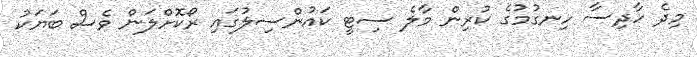
މިދެ ހާދިސާ ހިނގުމުގެ ކުރިން މާލެ ސިޓީ ކައުންސިލުގައި ރޯކޮށްލަން ވެސް ބަޔަކު